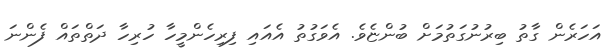
އަހަރެން ގާތު ބިރުނުގަތުމަށް ބުންޏެވެ. އެވަގުތު އެއައި ފިރިހެންމީހާ ހުރިހާ ދަތްތައް ފެންނަ